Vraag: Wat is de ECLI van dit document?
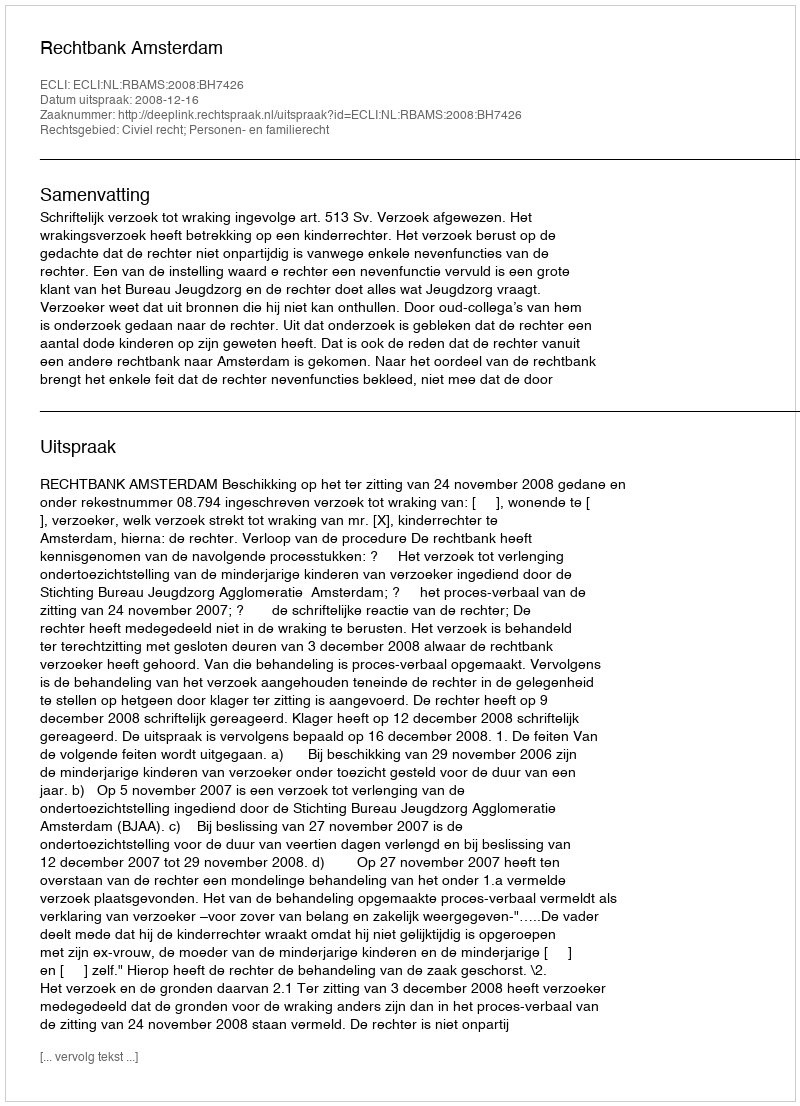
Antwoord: ECLI:NL:RBAMS:2008:BH7426